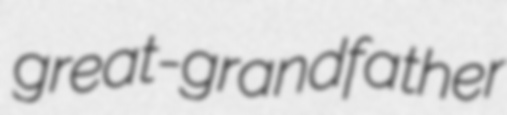
great-grandfather